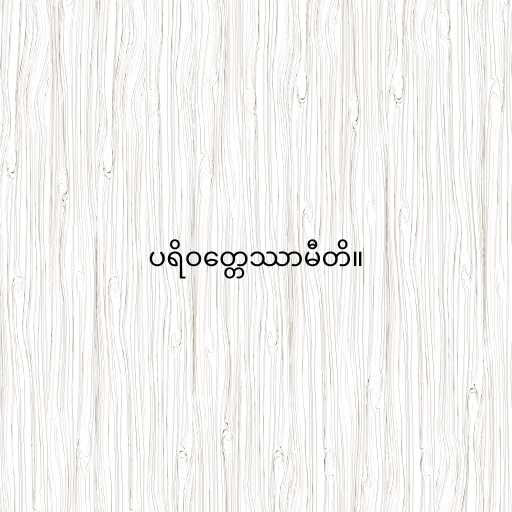
ပရိဝတ္တေဿာမီတိ။